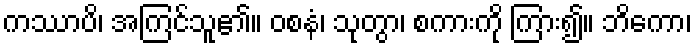
ကဿာပိ၊ အကြင်သူ၏။ ဝစနံ၊ သုတွာ၊ စကားကို ကြား၍။ ဘိကော၊